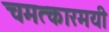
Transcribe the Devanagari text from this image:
चमत्कारमयी